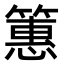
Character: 𫂠